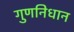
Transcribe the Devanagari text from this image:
गुणनिधान